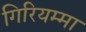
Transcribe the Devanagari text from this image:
गिरियम्मा